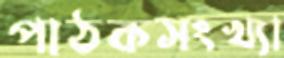
পাঠকসংখ্যা